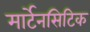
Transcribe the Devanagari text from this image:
मार्टेनसिटिक